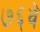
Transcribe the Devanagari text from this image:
७६वे